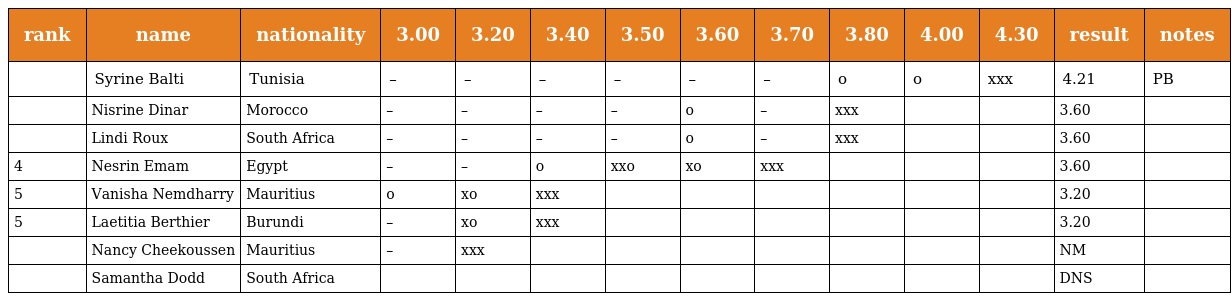
| rank | name | nationality | 3.00 | 3.20 | 3.40 | 3.50 | 3.60 | 3.70 | 3.80 | 4.00 | 4.30 | result | notes |
 | --- | --- | --- | --- | --- | --- | --- | --- | --- | --- | --- | --- | --- | --- |
 |  | Syrine Balti | Tunisia | – | – | – | – | – | – | o | o | xxx | 4.21 | PB |
 |  | Nisrine Dinar | Morocco | – | – | – | – | o | – | xxx |  |  | 3.60 |  |
 |  | Lindi Roux | South Africa | – | – | – | – | o | – | xxx |  |  | 3.60 |  |
 | 4 | Nesrin Emam | Egypt | – | – | o | xxo | xo | xxx |  |  |  | 3.60 |  |
 | 5 | Vanisha Nemdharry | Mauritius | o | xo | xxx |  |  |  |  |  |  | 3.20 |  |
 | 5 | Laetitia Berthier | Burundi | – | xo | xxx |  |  |  |  |  |  | 3.20 |  |
 |  | Nancy Cheekoussen | Mauritius | – | xxx |  |  |  |  |  |  |  | NM |  |
 |  | Samantha Dodd | South Africa |  |  |  |  |  |  |  |  |  | DNS |  |